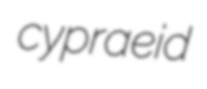
cypraeid